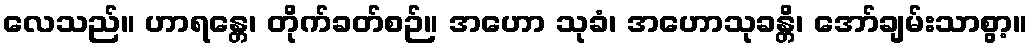
လေသည်။ ဟာရန္တေ၊ တိုက်ခတ်စဉ်။ အဟော သုခံ၊ အဟောသုခန္တိ၊ အော်ချမ်းသာစွာ့။